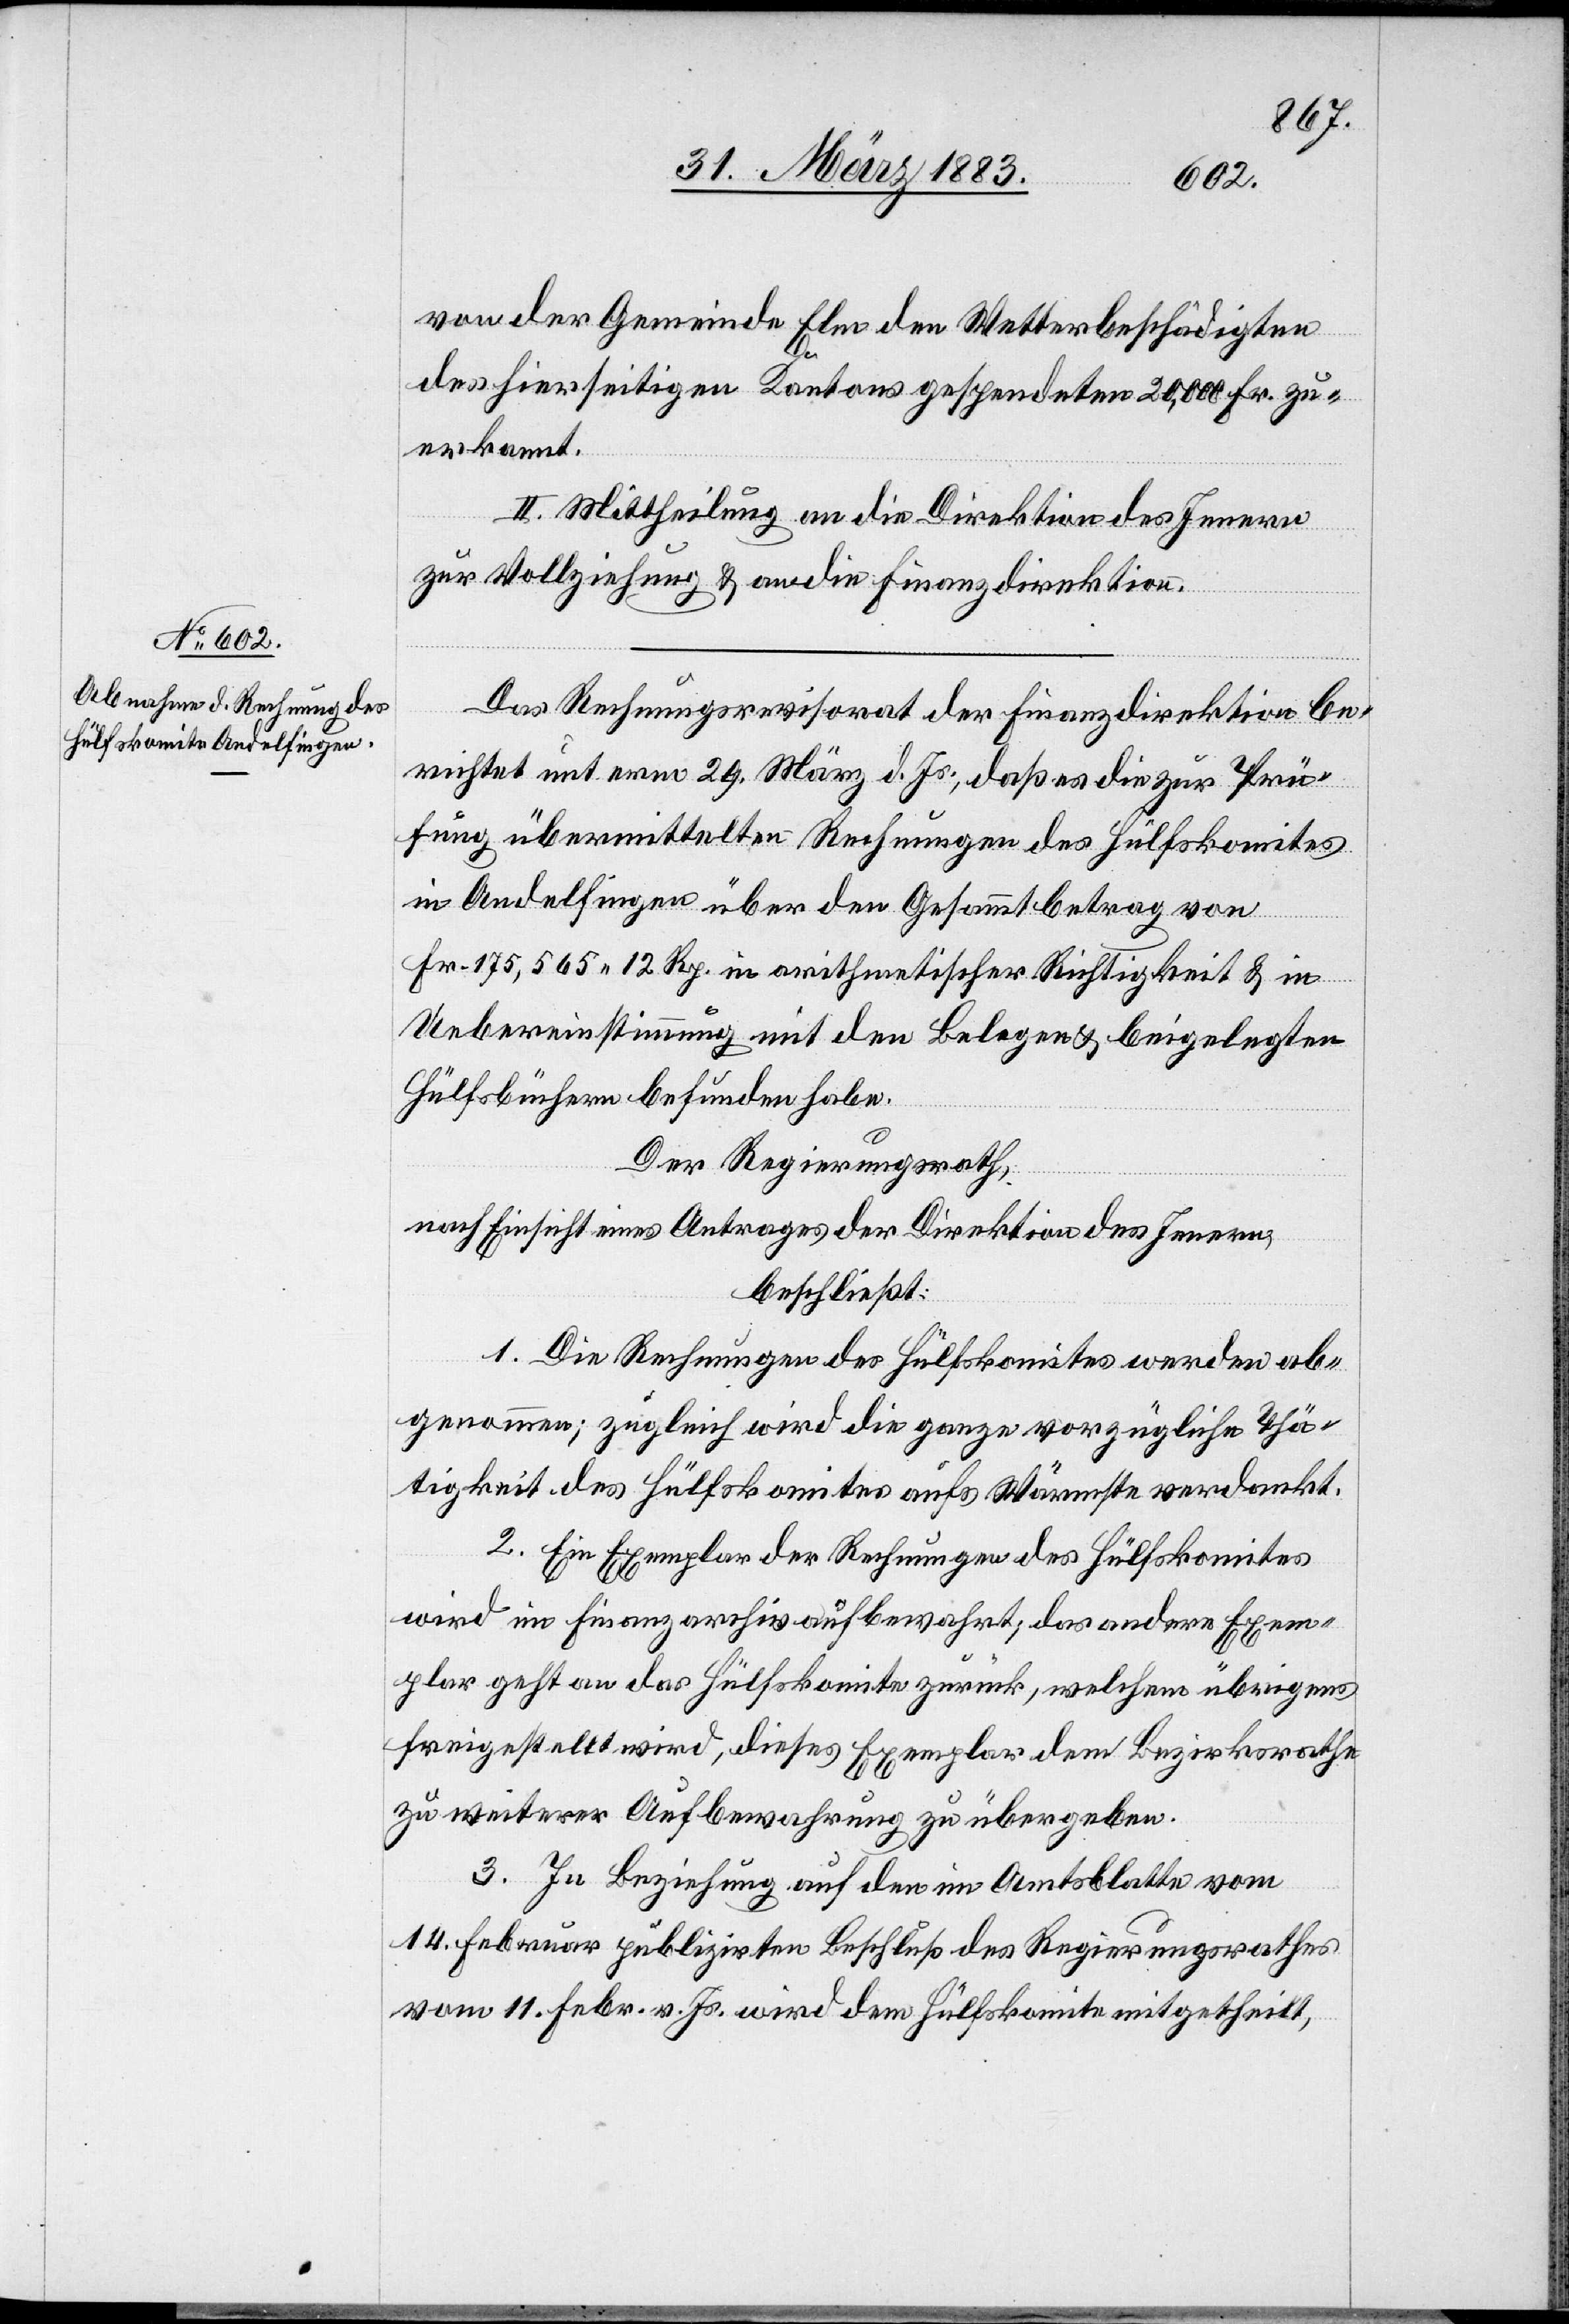
von der Gemeinde Elm den Wetterbeschädigten
des hierseitigen Kantons gespendeten 20,000 Fr. zu¬
erkannt.
II. Mittheilung an die Direktion des Innern
zur Vollziehung & an die Finanzdirektion.
Das Rechnungsrevisorat der Finanzdirektion be¬
richtet unterm 29. März d. Js., daß es die zur Prü¬
fung übermittelten Rechnungen des Hülfskomites
in Andelfingen über den Gesammtbetrag von
Fr. 175,565 12 Rp. in arithmetischer Richtigkeit & in
Uebereinstimmung mit den Belegen & beigelegten
Hülfsbüchern befunden habe.
Der Regierungsrath,
nach Einsicht eines Antrages der Direktion des Innern,
beschließt:
1. Die Rechnungen des Hülfskomites werden ab¬
genommen; zugleich wird die ganze vorzügliche Thä¬
tigkeit des Hülfskomites aufs Wärmste verdankt.
2. Ein Exemplar der Rechnungen des Hülfskomites
wird im Finanzarchiv aufbewahrt, das andere Exem¬
plar geht an das Hülfskomite zurück, welchem übrigens
freigestellt wird, dieses Exemplar dem Bezirksrathe
zu weiterer Aufbewahrung zu übergeben.
3. In Beziehung auf den im Amtsblatte vom
14. Februar publizirten Beschluß des Regierungsrathes
vom 11. Febr. v. Js. wird dem Hülfskomite mitgetheilt,